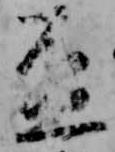
盃